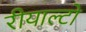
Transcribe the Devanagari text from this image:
रीयाल्टो